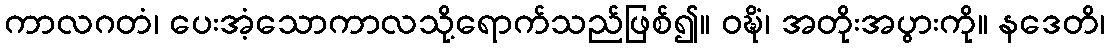
ကာလဂတံ၊ ပေးအံ့သောကာလသို့ရောက်သည်ဖြစ်၍။ ဝဍ္ဎိံ၊ အတိုးအပွားကို။ နဒေတိ၊